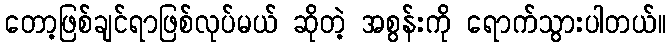
တော့ဖြစ်ချင်ရာဖြစ်လုပ်မယ် ဆိုတဲ့ အစွန်းကို ရောက်သွားပါတယ်။